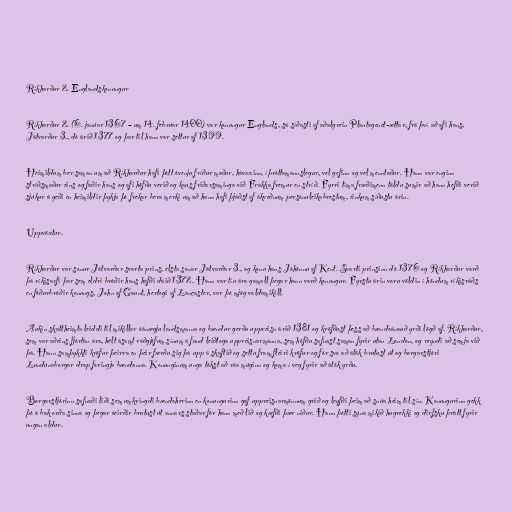
Ríkharður 2. Englandskonungur

Ríkharður 2. (6. janúar 1367 – um 14. febrúar 1400) var konungur Englands, sá síðasti af aðalgrein Plantagenet-ættar, frá því að afi hans,
Játvarður 3., dó árið 1377 og þar til hann var settur af 1399.

Heimildum ber saman um að Ríkharður hafi þótt óvenju fríður maður, hávaxinn, íþróttamannslegur, vel gefinn og vel menntaður. Hann var enginn
stríðsmaður eins og faðir hans og afi höfðu verið og kaus friðarsaminga við Frakka fremur en stríð. Fyrri tíma fræðimenn töldu sumir að hann hefði verið
sjúkur á geði en heimildir þykja þó frekar bera merki um að hann hafi þjáðst af ákveðnum persónuleikabrestum, einkum síðustu árin.

Uppvöxtur.

Ríkharður var sonur Játvarðar svarta prins, elsta sonar Játvarðar 3., og konu hans Jóhönnu af Kent. Svarti prinsinn dó 1376 og Ríkharður varð
þá ríkisarfi þar sem eldri bróðir hans hafði dáið 1372. Hann var tíu ára gamall þegar hann varð konungur. Fyrstu árin voru völdin í höndum ríkisráðs
en föðurbróðir konungs, John af Gaunt, hertogi af Lancaster, var þó mjög valdamikill.

Aukin skattheimta leiddi til mikillar óánægju landsmanna og bændur gerðu uppreisn árið 1381 og kröfðust þess að bændaánauð yrði lögð af. Ríkharður,
sem var aðeins fjórtán ára, hélt ásamt ráðgjöfum sínum á fund leiðtoga uppreisnarmanna, sem höfðu safnast saman fyrir utan London, og reyndi að semja við
þá. Hann samþykkti kröfur þeirra en þeir færðu sig þá upp á skaftið og settu fram fleiri kröfur og fór svo að átök brutust út og borgarstjóri
Lundúnaborgar drap foringja bændanna. Konunginum unga tókst að róa múginn og koma í veg fyrir að átök yrðu.

Borgarstjórinn safnaði liði sem umkringdi bændaherinn en konungurinn gaf uppreisnarmönnum grið og leyfði þeim að snúa heim til sín. Konungurinn gekk
þó á bak orða sinna og þegar óeirðir brutust út annars staðar fór hann með lið og kæfði þær niður. Hann þótti sýna mikið hugrekki og dirfsku þrátt fyrir
ungan aldur.